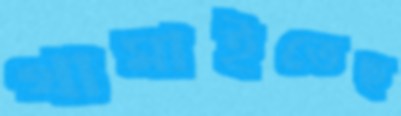
থামাইতেছ